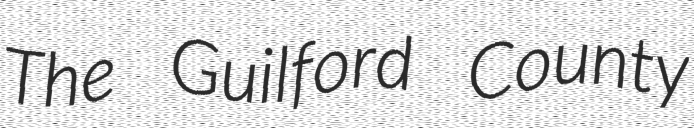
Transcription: The Guilford County